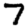
Digit: 7